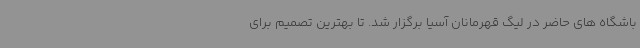
باشگاه های حاضر در لیگ قهرمانان آسیا برگزار شد. تا بهترین تصمیم برای